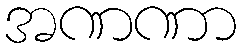
အဏဏာ